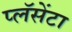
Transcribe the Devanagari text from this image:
प्लॅसेंटा